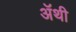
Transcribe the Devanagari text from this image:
अॅथी